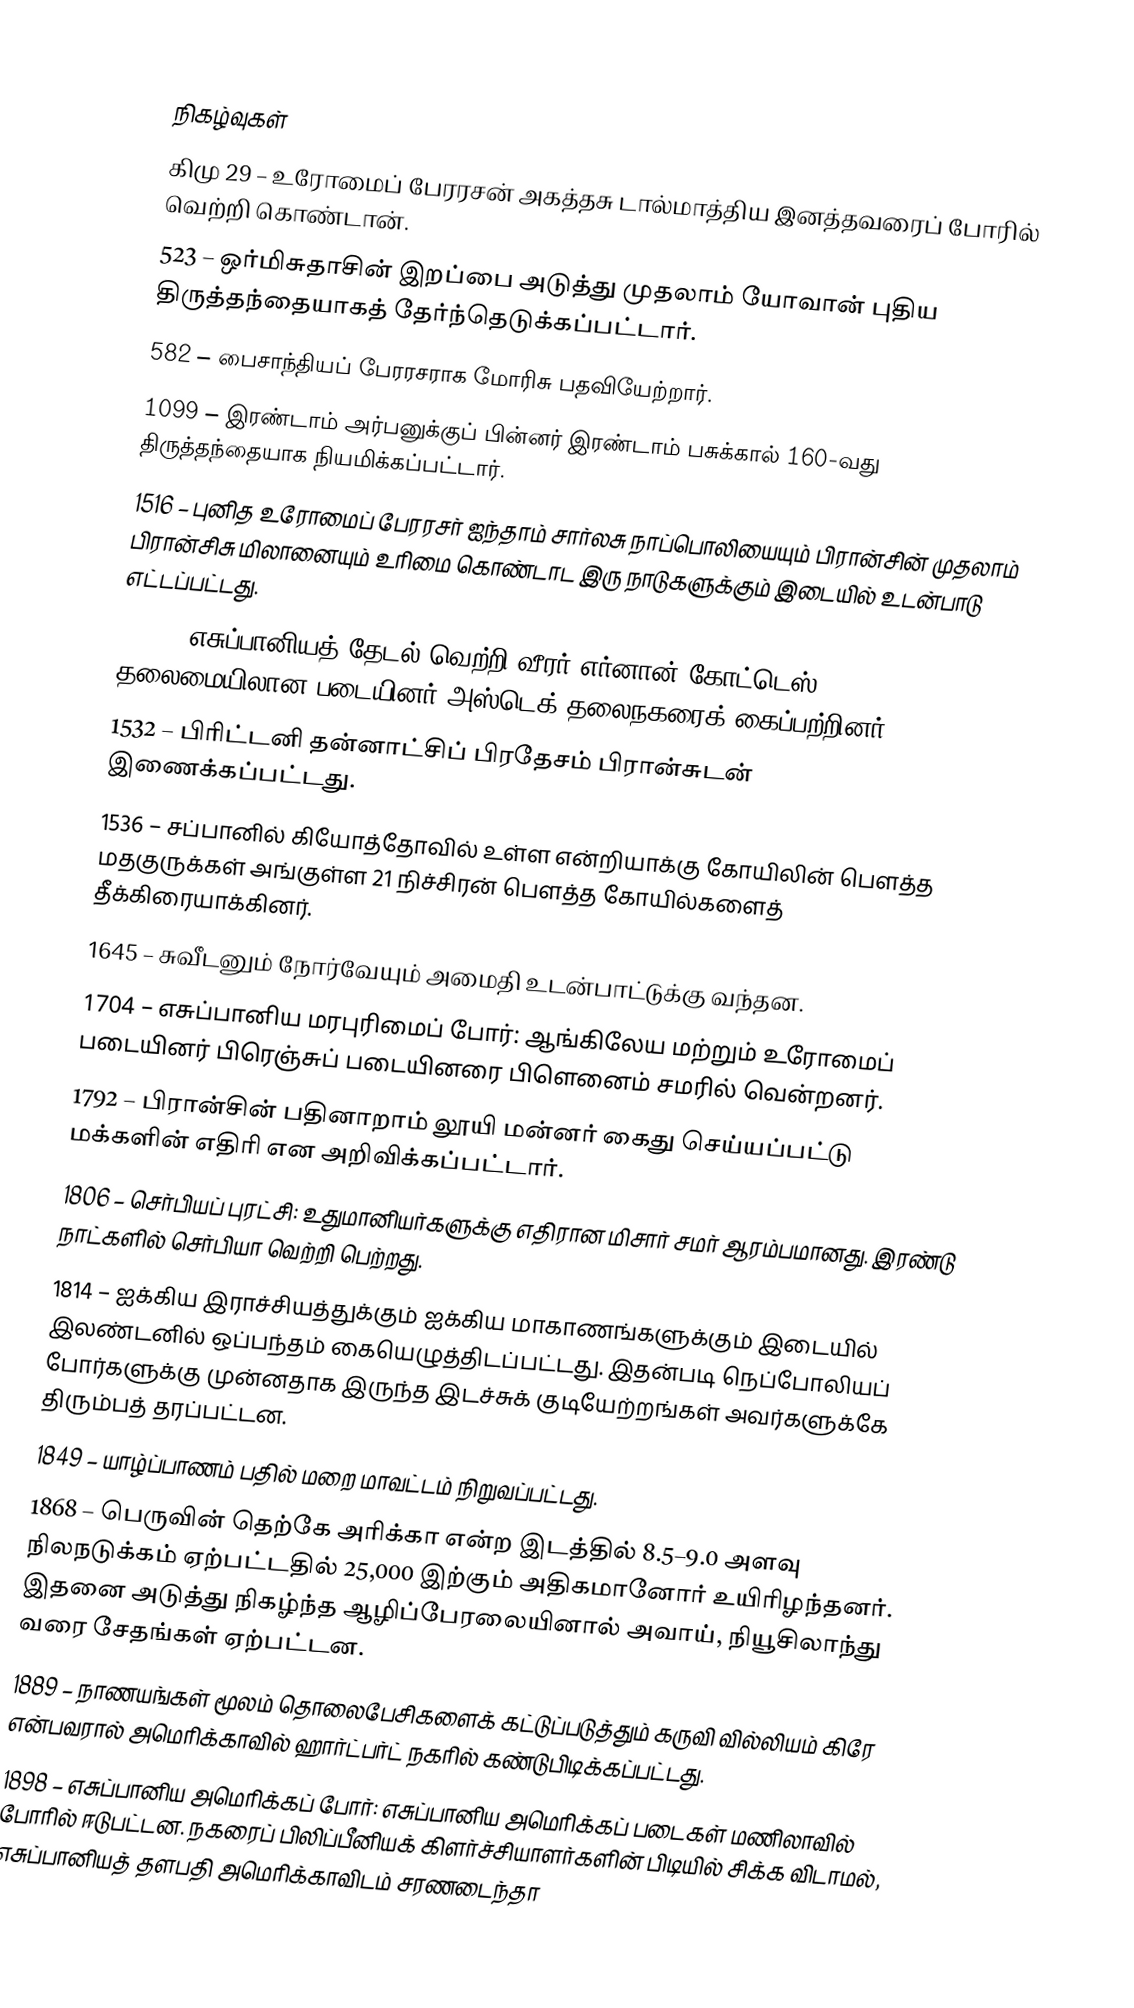

நிகழ்வுகள்
கிமு 29 – உரோமைப் பேரரசன் அகத்தசு டால்மாத்திய இனத்தவரைப் போரில் வெற்றி கொண்டான்.
523 – ஒர்மிசுதாசின் இறப்பை அடுத்து முதலாம் யோவான் புதிய திருத்தந்தையாகத் தேர்ந்தெடுக்கப்பட்டார்.
582 – பைசாந்தியப் பேரரசராக மோரிசு பதவியேற்றார்.
1099 –  இரண்டாம் அர்பனுக்குப் பின்னர் இரண்டாம் பசுக்கால் 160-வது திருத்தந்தையாக நியமிக்கப்பட்டார்.
1516 – புனித உரோமைப் பேரரசர் ஐந்தாம் சார்லசு நாப்பொலியையும் பிரான்சின் முதலாம் பிரான்சிசு மிலானையும் உரிமை கொண்டாட இரு நாடுகளுக்கும் இடையில் உடன்பாடு எட்டப்பட்டது.
1521 – எசுப்பானியத் தேடல் வெற்றி வீரர் எர்னான் கோட்டெஸ் தலைமையிலான படையினர் அஸ்டெக் தலைநகரைக் கைப்பற்றினர்.
1532 – பிரிட்டனி தன்னாட்சிப் பிரதேசம் பிரான்சுடன் இணைக்கப்பட்டது.
1536 – சப்பானில் கியோத்தோவில் உள்ள என்றியாக்கு கோயிலின் பௌத்த மதகுருக்கள் அங்குள்ள 21 நிச்சிரன் பௌத்த கோயில்களைத் தீக்கிரையாக்கினர்.
1645 – சுவீடனும் நோர்வேயும் அமைதி உடன்பாட்டுக்கு வந்தன.
1704 – எசுப்பானிய மரபுரிமைப் போர்: ஆங்கிலேய மற்றும் உரோமைப் படையினர் பிரெஞ்சுப் படையினரை பிளெனைம் சமரில் வென்றனர்.
1792 – பிரான்சின் பதினாறாம் லூயி மன்னர் கைது செய்யப்பட்டு மக்களின் எதிரி என அறிவிக்கப்பட்டார்.
1806 – செர்பியப் புரட்சி: உதுமானியர்களுக்கு எதிரான மிசார் சமர் ஆரம்பமானது. இரண்டு நாட்களில் செர்பியா வெற்றி பெற்றது.
1814 – ஐக்கிய இராச்சியத்துக்கும் ஐக்கிய மாகாணங்களுக்கும் இடையில் இலண்டனில் ஒப்பந்தம் கையெழுத்திடப்பட்டது. இதன்படி நெப்போலியப் போர்களுக்கு முன்னதாக இருந்த இடச்சுக் குடியேற்றங்கள் அவர்களுக்கே திரும்பத் தரப்பட்டன.
1849 – யாழ்ப்பாணம் பதில் மறை மாவட்டம் நிறுவப்பட்டது.
1868 – பெருவின் தெற்கே அரிக்கா என்ற இடத்தில் 8.5–9.0 அளவு நிலநடுக்கம் ஏற்பட்டதில் 25,000 இற்கும் அதிகமானோர் உயிரிழந்தனர். இதனை அடுத்து நிகழ்ந்த ஆழிப்பேரலையினால் அவாய், நியூசிலாந்து வரை சேதங்கள் ஏற்பட்டன.
1889 – நாணயங்கள் மூலம் தொலைபேசிகளைக் கட்டுப்படுத்தும் கருவி வில்லியம் கிரே என்பவரால் அமெரிக்காவில் ஹார்ட்பர்ட் நகரில் கண்டுபிடிக்கப்பட்டது.
1898 – எசுப்பானிய அமெரிக்கப் போர்: எசுப்பானிய அமெரிக்கப் படைகள் மணிலாவில் போரில் ஈடுபட்டன. நகரைப் பிலிப்பீனியக் கிளர்ச்சியாளர்களின் பிடியில் சிக்க விடாமல், எசுப்பானியத் தளபதி அமெரிக்காவிடம் சரணடைந்தா